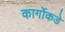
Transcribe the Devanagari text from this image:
कार्गोकडे